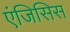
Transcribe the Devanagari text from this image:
एंजिसिस